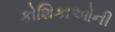
કોશિકાઓની